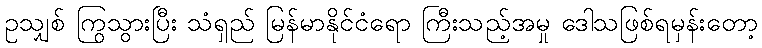
ဥသျှစ် ကြွသွားပြီး သံရှည် မြန်မာနိုင်ငံရော ကြီးသည့်အမှု ဒေါသဖြစ်ရမှန်းတော့